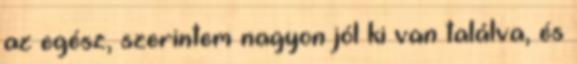
az egész, szerintem nagyon jól ki van találva, és